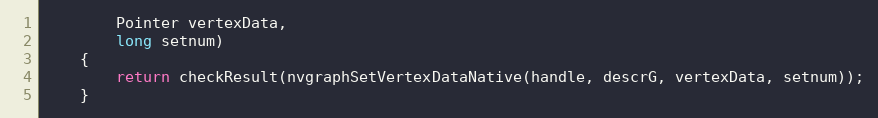
Language: Java
        Pointer vertexData,
        long setnum)
    {
        return checkResult(nvgraphSetVertexDataNative(handle, descrG, vertexData, setnum));
    }